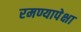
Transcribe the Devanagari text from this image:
रमण्यापेक्षा